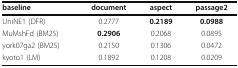
<table><thead><tr><td><b>baseline</b></td><td><b>document</b></td><td><b>aspect</b></td><td><b>passage2</b></td></tr></thead><tbody><tr><td>UniNE1 (DFR)</td><td>0.2777</td><td><b>0.2189</b></td><td><b>0.0988</b></td></tr><tr><td>MuMshFd (BM25)</td><td><b>0.2906</b></td><td>0.2068</td><td>0.0895</td></tr><tr><td>york07ga2 (BM25)</td><td>0.2150</td><td>0.1306</td><td>0.0472</td></tr><tr><td>kyoto1 (LM)</td><td>0.1892</td><td>0.1208</td><td>0.0209</td></tr></tbody></table>